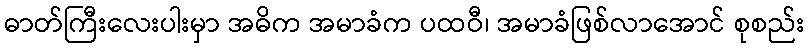
ဓာတ်ကြီးလေးပါးမှာ အဓိက အမာခံက ပထဝီ၊ အမာခံဖြစ်လာအောင် စုစည်း